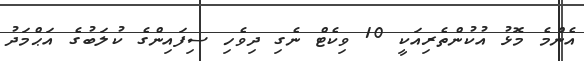
އެންމެ މޮޅު އުކުންތެރިއަކީ 10 ވިކެޓް ނެގި ދިވެހި ސިފައިންގެ ކުލަބުގެ އަޙްމަދު